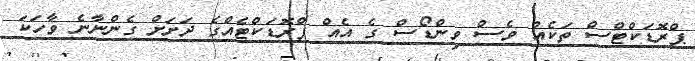
ޕްރޮޑަކްޓްސް ތަކެއް ވެސް ވިންޑޯސް ގެ އެއް ޕްރޮޑަކްޓެއްގެ ދަށަށް ގެންނާނެ ވާހަކަ